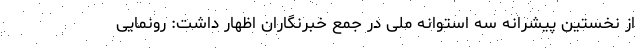
از نخستین پیشرانه سه استوانه ملی در جمع خبرنگاران اظهار داشت: رونمایی